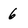
Character: 6